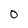
Character: O